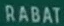
RABAT